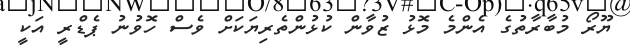
ޔޫރޯ މުބާރާތުގެ އެންމެ މޮޅު ޒުވާން ކުޅުންތެރިޔަކަށް ވެސް ހޮވުނު ޕެޑްރީ އަކީ